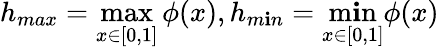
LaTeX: h_{max}=\operatorname*{max}_{x\in[0,1]}\phi(x),h_{m\mathbf{i}n}=\operatorname*{m\mathbf{i}n}_{x\in[0,1]}\phi(x)